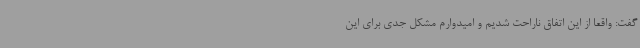
گفت: واقعا از این اتفاق ناراحت شدیم و امیدوارم مشکل‌ جدی برای این